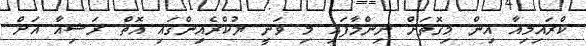
ކްރައިމިއާ އިން މިގޮތަށް ނިންމާފައި މި ވަނީ ޔުކްރެއިންގައި އޮތް ރަޝިއާ އަށް